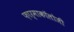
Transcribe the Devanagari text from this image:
फ़ार्माकॉलोजी